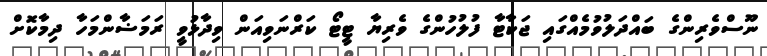
ނޫސްވެރިންގެ ބައްދަލުވުމެއްގައި ޖަކާޓާ ފުލުހުންގެ ވެރިޔާ ޓީޓޯ ކަރްނަވިއަން ވިދާޅުވީ ރަމަޟާންމަހާ ދިމާކޮށް